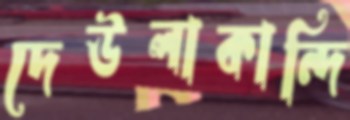
দেউলাকান্দি